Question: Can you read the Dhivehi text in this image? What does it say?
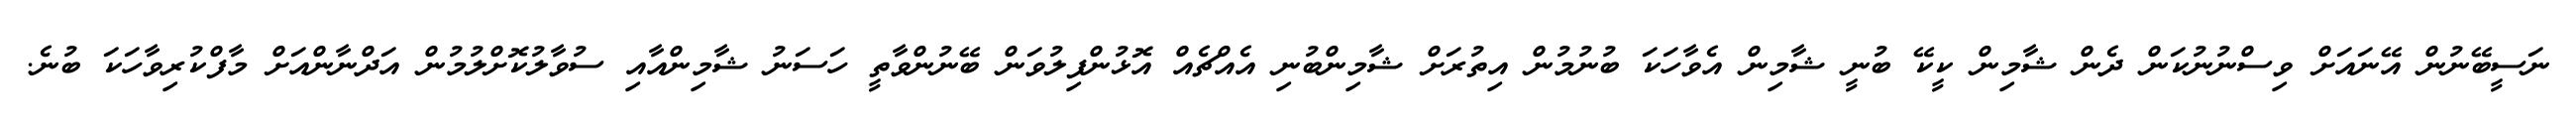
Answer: ނަސީބޭނުން އޭނައަށް ވިސްނުނުކަން ދެން ޝާމިން ކީކޭ ބުނީ ޝާމިން އެވާހަކަ ބުނުމުން އިތުރަށް ޝާމިންބުނި އެއްޗެއް އޮޅުންފިލުވަން ބޭނުންވާތީ ހަސަނު ޝާމިންއާއި ސުވާލުކޮށްލުމުން އަދްނާންއަށް މާފްކުރިވާހަކަ ބުނެ.